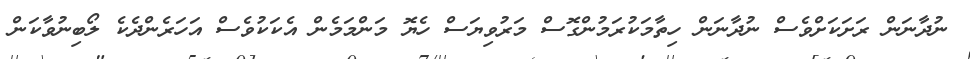
ނުދާނަން ރަށަކަށްވެސް ނުދާނަން ހިތާމަކުރަމުންގޮސް މަރުވިޔަސް ހެޔޮ މަންމަމެން އެކަކުވެސް އަހަރެންދެކެ ލޯބިނުވާކަން